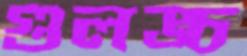
গুলঙ্চ